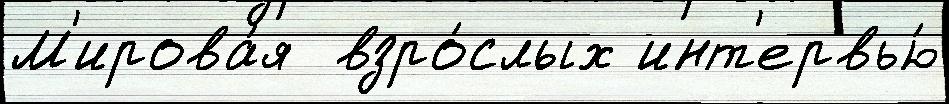
М'ирова́я  взро́слых инт'ервью́